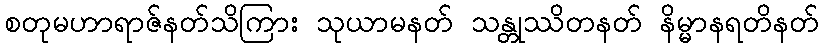
စတုမဟာရာဇ်နတ်သိကြား သုယာမနတ် သန္တုဿိတနတ် နိမ္မာနရတိနတ်